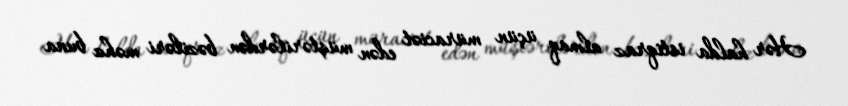
Hər halda istiqraz almaq üçün müraciət edən müştərilərdən bəziləri məhz buna